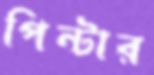
পিন্টার